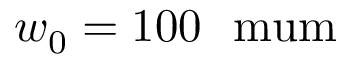
w _ { 0 } = 1 0 0 \ \mathrm { \ m u m }